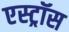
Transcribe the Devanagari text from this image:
एस्ट्रॉस